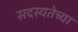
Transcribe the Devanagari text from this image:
सदस्यतेच्या